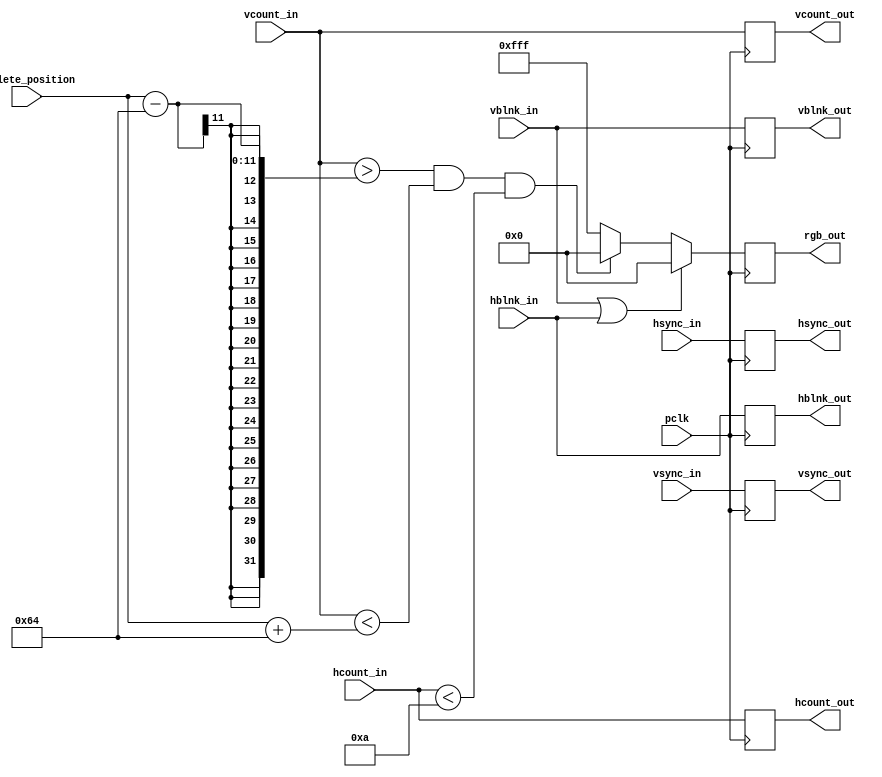
`timescale 1ns / 1ps
//////////////////////////////////////////////////////////////////////////////////
// Company: 
// Engineer: 
// 
// Design Name: 
// Module Name: draw_palletes
// Project Name: 
// Target Devices: 
// Tool Versions: 
// Description: 
// 
// Dependencies: 
// 
// Revision:
// Revision 0.01 - File Created
// Additional Comments:
// 
//////////////////////////////////////////////////////////////////////////////////


module draw_palletes(
    input wire [10:0] vcount_in,
    input wire vsync_in,
    input wire vblnk_in,
    input wire [10:0] hcount_in,
    input wire hsync_in,
    input wire hblnk_in,
    input wire [10:0] pallete_position,
    input wire pclk,
    output reg [10:0] vcount_out,
    output reg vsync_out,
    output reg vblnk_out,
    output reg [10:0] hcount_out,
    output reg hsync_out,
    output reg hblnk_out,
    output reg [11:0] rgb_out
    );

localparam PALLETE_LENGTH = 100;
localparam PALLETE_WIDTH = 10;

  always @(posedge pclk)
  begin
    //during blanking make it black
    if (vblnk_in || hblnk_in) rgb_out <= 12'h0_0_0; 
    else
    begin
      if( (vcount_in > pallete_position - PALLETE_LENGTH) && (vcount_in < pallete_position + PALLETE_LENGTH) && (hcount_in < PALLETE_WIDTH) ) rgb_out <= 12'h0_0_0;
      else rgb_out <= 12'hF_F_F;    
    end
    // Just pass these through.
    hsync_out <= hsync_in;
    vsync_out <= vsync_in;
    hblnk_out <= hblnk_in;
    vblnk_out <= vblnk_in;
    hcount_out <= hcount_in;
    vcount_out <= vcount_in;

  end
  
endmodule